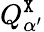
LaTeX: Q_{\alpha^{\prime}}^{\tt X}